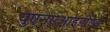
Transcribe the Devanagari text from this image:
युएनएआईडीएस